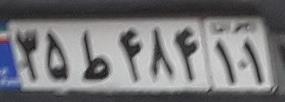
۳۵ط۴۸۴۱۱